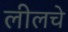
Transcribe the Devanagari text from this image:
लीलचे